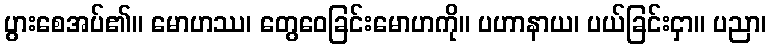
ပွားစေအပ်၏။ မောဟဿ၊ တွေဝေခြင်းမောဟကို။ ပဟာနာယ၊ ပယ်ခြင်းငှာ။ ပညာ၊